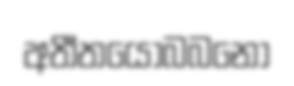
අතීතයොබබනො